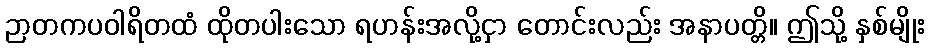
ဉာတကပဝါရိတထံ ထိုတပါးသော ရဟန်းအလို့ငှာ တောင်းလည်း အနာပတ္တိ။ ဤသို့ နှစ်မျိုး